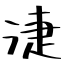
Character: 𣶏